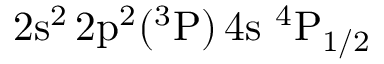
\mathrm { 2 s ^ { 2 } \, 2 p ^ { 2 } ( ^ { 3 } P ) \, 4 s ~ ^ { 4 } P _ { 1 / 2 } }